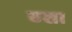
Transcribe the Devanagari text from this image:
एशा